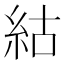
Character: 𥿍